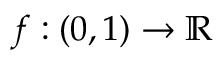
f : ( 0 , 1 ) \to \mathbb { R }